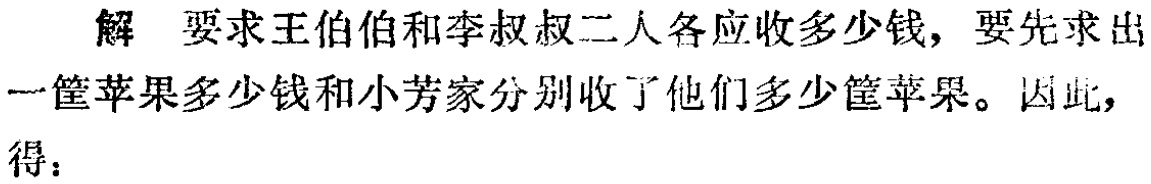
解 要求王伯伯和李叔叔二人各应收多少钱, 要先求出一筐苹果多少钱和小芳家分别收了他们多少筐苹果。因此, 得：